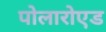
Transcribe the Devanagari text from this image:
पोलारोएड